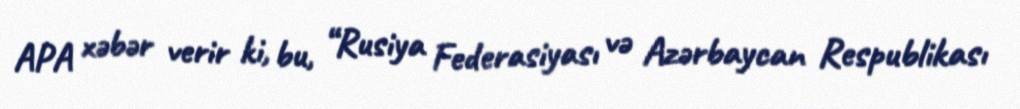
APA xəbər verir ki, bu, “Rusiya Federasiyası və Azərbaycan Respublikası